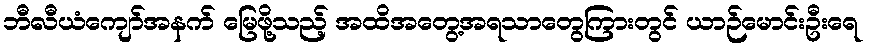
ဘီလီယံကျော်အနက် မြေဖို့သည့် အထိအတွေ့အရသာတွေကြားတွင် ယာဉ်မောင်းဦးရေ